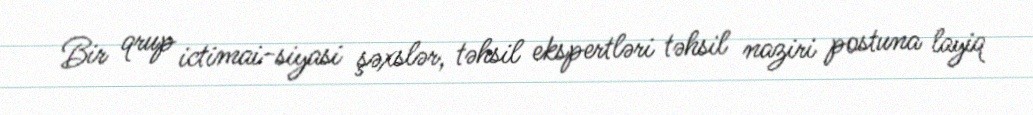
Bir qrup ictimai-siyasi şəxslər, təhsil ekspertləri təhsil naziri postuna layiq